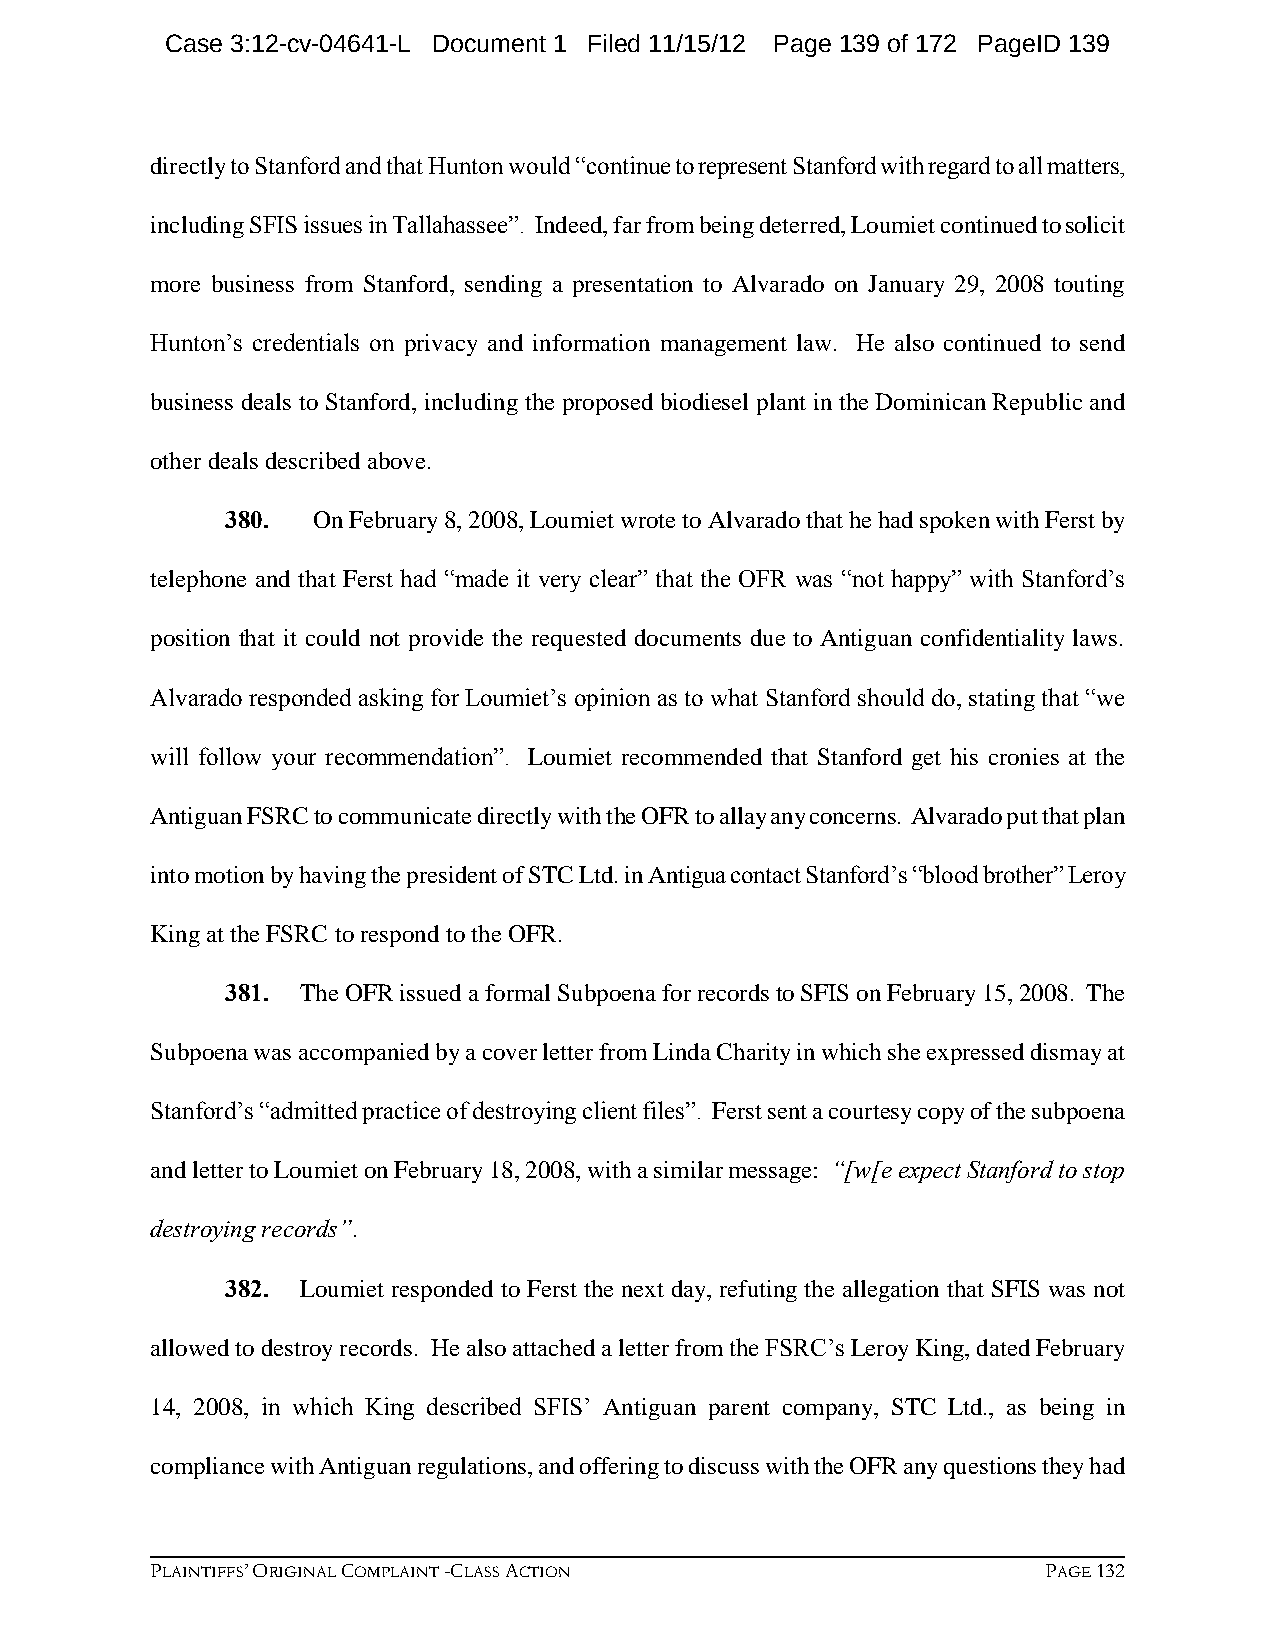
Case 3:12-cv-04641-L Document 1 Filed 11/15/12 Page 139 of 172 PageID 139
 directly to Stanford and that Hunton would “continue to represent Stanford with regard to all matters,
 including SFIS issues in Tallahassee”. Indeed, far from being deterred, Loumiet continued to solicit
 more business from Stanford, sending a presentation to Alvarado on January 29, 2008 touting
 Hunton’s credentials on privacy and information management law. He also continued to send
 business deals to Stanford, including the proposed biodiesel plant in the Dominican Republic and
 other deals described above.
 380.  On February 8, 2008, Loumiet wrote to Alvarado that he had spoken with Ferst by
 telephone and that Ferst had “made it very clear” that the OFR was “not happy” with Stanford’s
 position that it could not provide the requested documents due to Antiguan confidentiality laws.
 Alvarado responded asking for Loumiet’s opinion as to what Stanford should do, stating that “we
 will follow your recommendation”. Loumiet recommended that Stanford get his cronies at the
 Antiguan FSRC to communicate directly with the OFR to allay any concerns. Alvarado put that plan
 into motion by having the president of STC Ltd. in Antigua contact Stanford’s “blood brother” Leroy
 King at the FSRC to respond to the OFR.
 381. The OFR issued a formal Subpoena for records to SFIS on February 15, 2008. The
 Subpoena was accompanied by a cover letter from Linda Charity in which she expressed dismay at
 Stanford’s “admitted practice of destroying client files”. Ferst sent a courtesy copy of the subpoena
 and letter to Loumiet on February 18, 2008, with a similar message: “[w[e expect Stanford to stop
 destroying records”.
 382. Loumiet responded to Ferst the next day, refuting the allegation that SFIS was not
 allowed to destroy records. He also attached a letter from the FSRC’s Leroy King, dated February
 14, 2008, in which King described SFIS’ Antiguan parent company, STC Ltd., as being in
 compliance with Antiguan regulations, and offering to discuss with the OFR any questions they had
 PLAINTIFFS’ ORIGINAL COMPLAINT -CLASS ACTION               PAGE 132